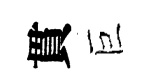
貫巨